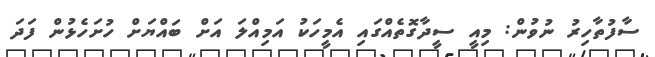
ސާފުތާހިރު ނުވުން: މިއީ ސީދާގޮތެއްގައި އެމީހަކު އަމިއްލަ އަށް ބައްޔަށް ހުށަހެޅުން ފަދަ